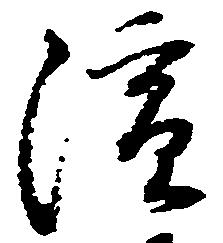
演